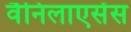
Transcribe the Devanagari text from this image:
वैनिलाएसेंस